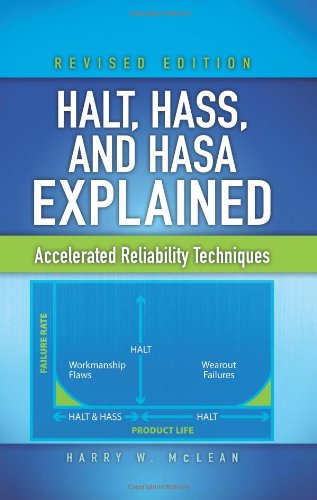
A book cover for HALT, HASS, and HASA Explained: Accelerated Reliability Techniques, Revised Edition; Harry W. McLean; Business & Money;